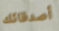
أصدقائك